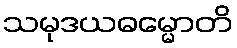
သမုဒယဓမ္မောတိ